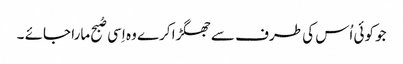
جو کوئی اُس کی طرف سے جھگڑا کرے وہ اِسی صُبح مارا جائے ۔